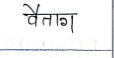
मजकूर: वैताग